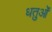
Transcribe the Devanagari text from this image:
धतुओं